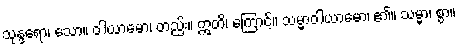
သုန္ဒရော၊ သော။ ဝါယာမော၊ တည်း။ ဣတိ၊ ကြောင့်။ သမ္မာဝါယာမော၊ ၏။ သမ္မာ၊ စွာ။